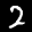
Label: 2